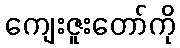
ကျေးဇူးတော်ကို